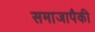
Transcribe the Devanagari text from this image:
समाजापैकी